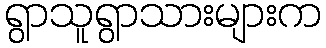
ရွာသူရွာသားများက